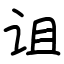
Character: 诅